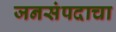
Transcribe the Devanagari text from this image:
जनसंपदाचा